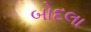
બોદલા